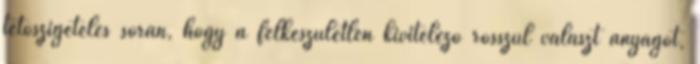
tetőszigetelés során, hogy a felkészületlen kivitelező rosszul választ anyagot,